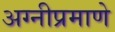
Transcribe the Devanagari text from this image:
अग्नीप्रमाणे